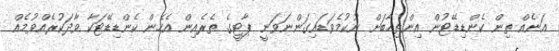
އަނެއް ތިން ކެންޑިޑޭޓުން އިންތިޚާބަށް ނުކުމެވަޑައިގަންނަވަނީ ޕާޓީގެ ތެރެއިން އެހެން ކެންޑިޑޭޓަކާ ވާދަކުރެއްވުމެއް